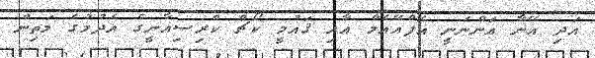
އަދި އޭނާ އަންނަނީ އެފްއޭއެމް އާއި ޤައުމީ ކޯޗް ކްރިސިއާނީގެ އެދުމުގެ މަތިން